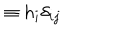
\equiv h _ { i } \delta _ { i j }